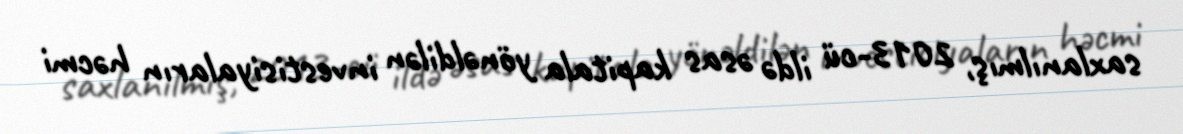
saxlanılmış, 2013-cü ildə əsas kapitala yönəldilən investisiyaların həcmi